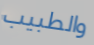
والطبيب